Source: Handwritten
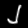
Digit: ၂ (2)